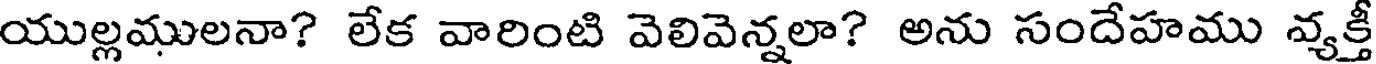
యుల్లములనా? లేక వారింటి వెలివెన్నలా? అను సందేహము వ్యక్తీ